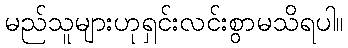
မည်သူများဟုရှင်းလင်းစွာမသိရပါ။